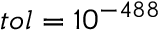
t o l = 1 0 ^ { - 4 8 8 }